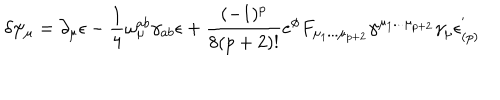
\delta \psi _ { \mu } = \partial _ { \mu } \epsilon - { \frac { 1 } { 4 } } \omega _ { \mu } ^ { a b } \gamma _ { a b } \epsilon + { \frac { ( - 1 ) ^ { p } } { 8 ( p + 2 ) ! } } e ^ { \phi } F _ { \mu _ { 1 } . . . \mu _ { p + 2 } } \gamma ^ { \mu _ { 1 } . . . \mu _ { p + 2 } } \gamma _ { \mu } \epsilon _ { ( p ) } ^ { ' }